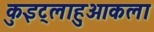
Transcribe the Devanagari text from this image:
कुइट्लाहुआकला